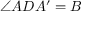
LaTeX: \angle A D A ^ { \prime } = B